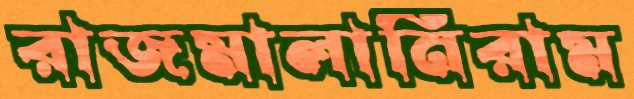
রাজমালানিরাম